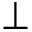
\perp